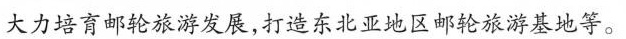
大力培育邮轮旅游发展，打造东北亚地区邮轮旅游基地等。